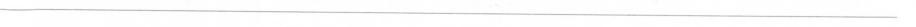
___